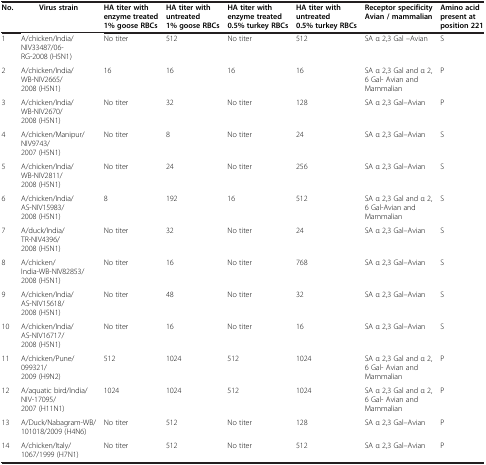
<table><thead><tr><td><b>No.</b></td><td><b>Virus strain</b></td><td><b>HA titer with enzyme treated 1% goose RBCs</b></td><td><b>HA titer with untreated 1% goose RBCs</b></td><td><b>HA titer with enzyme treated 0.5% turkey RBCs</b></td><td><b>HA titer with untreated 0.5% turkey RBCs</b></td><td><b>Receptor specificity Avian / mammalian</b></td><td><b>Amino acid present at position 221</b></td></tr></thead><tbody><tr><td>1</td><td>A/chicken/India/NIV33487/06-RG-2008 (H5N1)</td><td>No titer</td><td>512</td><td>No titer</td><td>512</td><td>SA α 2,3 Gal –Avian</td><td>S</td></tr><tr><td>2</td><td>A/chicken/India/WB-NIV2665/2008 (H5N1)</td><td>16</td><td>16</td><td>16</td><td>16</td><td>SA α 2,3 Gal and α 2, 6 Gal- Avian and Mammalian</td><td>P</td></tr><tr><td>3</td><td>A/chicken/India/WB-NIV2670/2008 (H5N1)</td><td>No titer</td><td>32</td><td>No titer</td><td>128</td><td>SA α 2,3 Gal–Avian</td><td>P</td></tr><tr><td>4</td><td>A/chicken/Manipur/NIV9743/2007 (H5N1)</td><td>No titer</td><td>8</td><td>No titer</td><td>24</td><td>SA α 2,3 Gal–Avian</td><td>S</td></tr><tr><td>5</td><td>A/chicken/India/WB-NIV2811/2008 (H5N1)</td><td>No titer</td><td>24</td><td>No titer</td><td>256</td><td>SA α 2,3 Gal–Avian</td><td>S</td></tr><tr><td>6</td><td>A/chicken/India/AS-NIV15983/2008 (H5N1)</td><td>8</td><td>192</td><td>16</td><td>512</td><td>SA α 2,3 Gal and α 2, 6 Gal-Avian and Mammalian</td><td>S</td></tr><tr><td>7</td><td>A/duck/India/TR-NIV4396/2008 (H5N1)</td><td>No titer</td><td>32</td><td>No titer</td><td>24</td><td>SA α 2,3 Gal–Avian</td><td>S</td></tr><tr><td>8</td><td>A/chicken/India-WB-NIV82853/2008 (H5N1)</td><td>No titer</td><td>16</td><td>No titer</td><td>768</td><td>SA α 2,3 Gal–Avian</td><td>S</td></tr><tr><td>9</td><td>A/chicken/India/AS-NIV15618/2008 (H5N1)</td><td>No titer</td><td>48</td><td>No titer</td><td>32</td><td>SA α 2,3 Gal–Avian</td><td>S</td></tr><tr><td>10</td><td>A/chicken/India/AS-NIV16717/2008 (H5N1)</td><td>No titer</td><td>16</td><td>No titer</td><td>16</td><td>SA α 2,3 Gal–Avian</td><td>S</td></tr><tr><td>11</td><td>A/chicken/Pune/099321/2009 (H9N2)</td><td>512</td><td>1024</td><td>512</td><td>1024</td><td>SA α 2,3 Gal and α 2, 6 Gal- Avian and Mammalian</td><td>P</td></tr><tr><td>12</td><td>A/aquatic bird/India/NIV-17095/2007 (H11N1)</td><td>1024</td><td>1024</td><td>512</td><td>1024</td><td>SA α 2,3 Gal and α 2, 6 Gal- Avian and Mammalian</td><td>P</td></tr><tr><td>13</td><td>A/Duck/Nabagram-WB/101018/2009 (H4N6)</td><td>No titer</td><td>512</td><td>No titer</td><td>128</td><td>SA α 2,3 Gal–Avian</td><td>P</td></tr><tr><td>14</td><td>A/chicken/Italy/1067/1999 (H7N1)</td><td>No titer</td><td>512</td><td>No titer</td><td>512</td><td>SA α 2,3 Gal–Avian</td><td>P</td></tr></tbody></table>